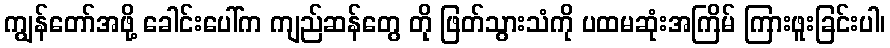
ကျွန်တော်အဖို့ ခေါင်းပေါ်က ကျည်ဆန်တွေ တိုု ဖြတ်သွားသံကို ပထမဆုံးအကြိမ် ကြားဖူးခြင်းပါ၊